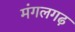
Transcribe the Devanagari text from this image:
मंगलगढ़